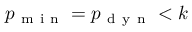
p _ { \mathrm { ~ m ~ i ~ n ~ } } = p _ { \mathrm { ~ d ~ y ~ n ~ } } < k